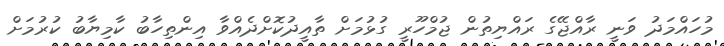
މުހައްމަދު ވަނީ ރާއްޖޭގެ ރައްޔިތުން ޖުމްހޫރީ ގުޅުމަށް ތާއީދުކޮށްދެއްވާ އިންތިހާބު ކާމިޔާބު ކުރުމަށް